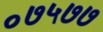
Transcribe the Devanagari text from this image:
०७५७७